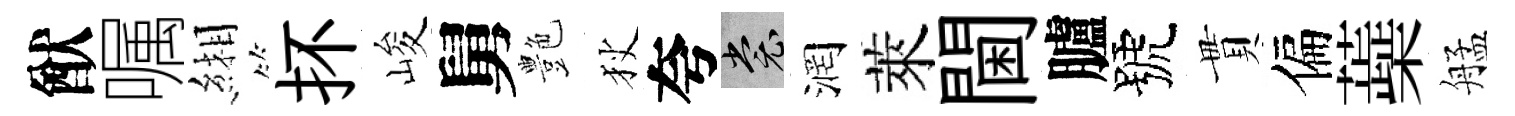
猷嘱緗抔峻舅艶狄夸裳润萊閫臚號貫偏蘃艋